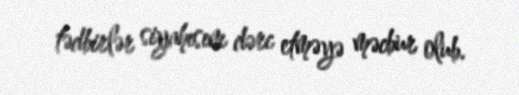
tədbirlər siyahısını dərc etməyə məcbur olub.